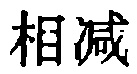
相减